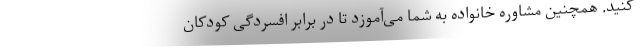
کنید. همچنین مشاوره خانواده به شما می‌آموزد تا در برابر افسردگی کودکان